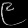
Digit: ၉